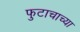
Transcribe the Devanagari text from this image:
फुटाचाच्या